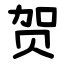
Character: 贺